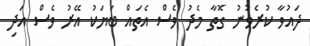
ދައުވާ ކުރެވުނު ގޮތާ މެދު ވެސް އެތައް ބަޔަކު އޭރު ވެސް އަދި